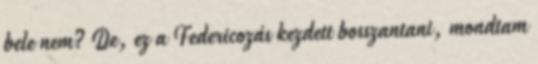
bele nem? De, ez a Federicozás kezdett bosszantani, mondtam